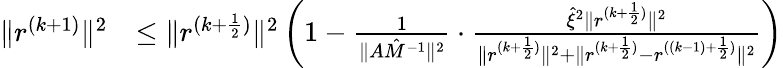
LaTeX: \begin{array}{rl}{\| r^{(k+1)}\| ^{2}}&{\le\| r^{(k+\frac{1}{2})}\| ^{2}\left(1-\frac{1}{\| A\hat{M}^{-1}\| ^{2}}\cdot\frac{\hat{\xi}^{2}\| r^{(k+\frac{1}{2})}\| ^{2}}{\| r^{(k+\frac{1}{2})}\| ^{2}+\| r^{(k+\frac{1}{2})}-r^{((k-1)+\frac{1}{2})}\| ^{2}}\right)}\end{array}